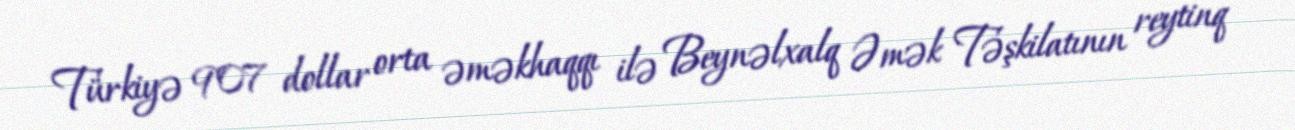
Türkiyə 907 dollar orta əməkhaqqı ilə Beynəlxalq Əmək Təşkilatının reytinq